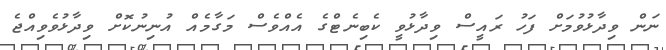
ނަން ވިދާޅުވުމަށް ފަހު ރައީސް ވިދާޅުވީ ކެބިނެޓްގެ އެއްވެސް މަގާމެއް އުނިނުކޮށް ވިދާޅުވެވިއްޖެ